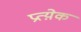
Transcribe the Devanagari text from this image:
प्रत्य़ेक